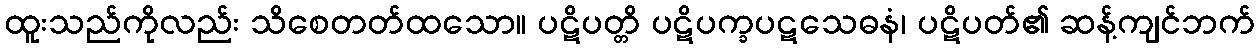
ထူးသည်ကိုလည်း သိစေတတ်ထသော။ ပဋိပတ္တိ ပဋိပက္ခပဋသေဓနံ၊ ပဋိပတ်၏ ဆန့်ကျင်ဘက်